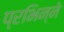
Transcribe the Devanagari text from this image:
प्रभिन्ने